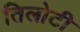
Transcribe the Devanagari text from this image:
तिलोटी